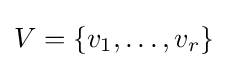
V=\{v_{1},\ldots ,v_{r}\}